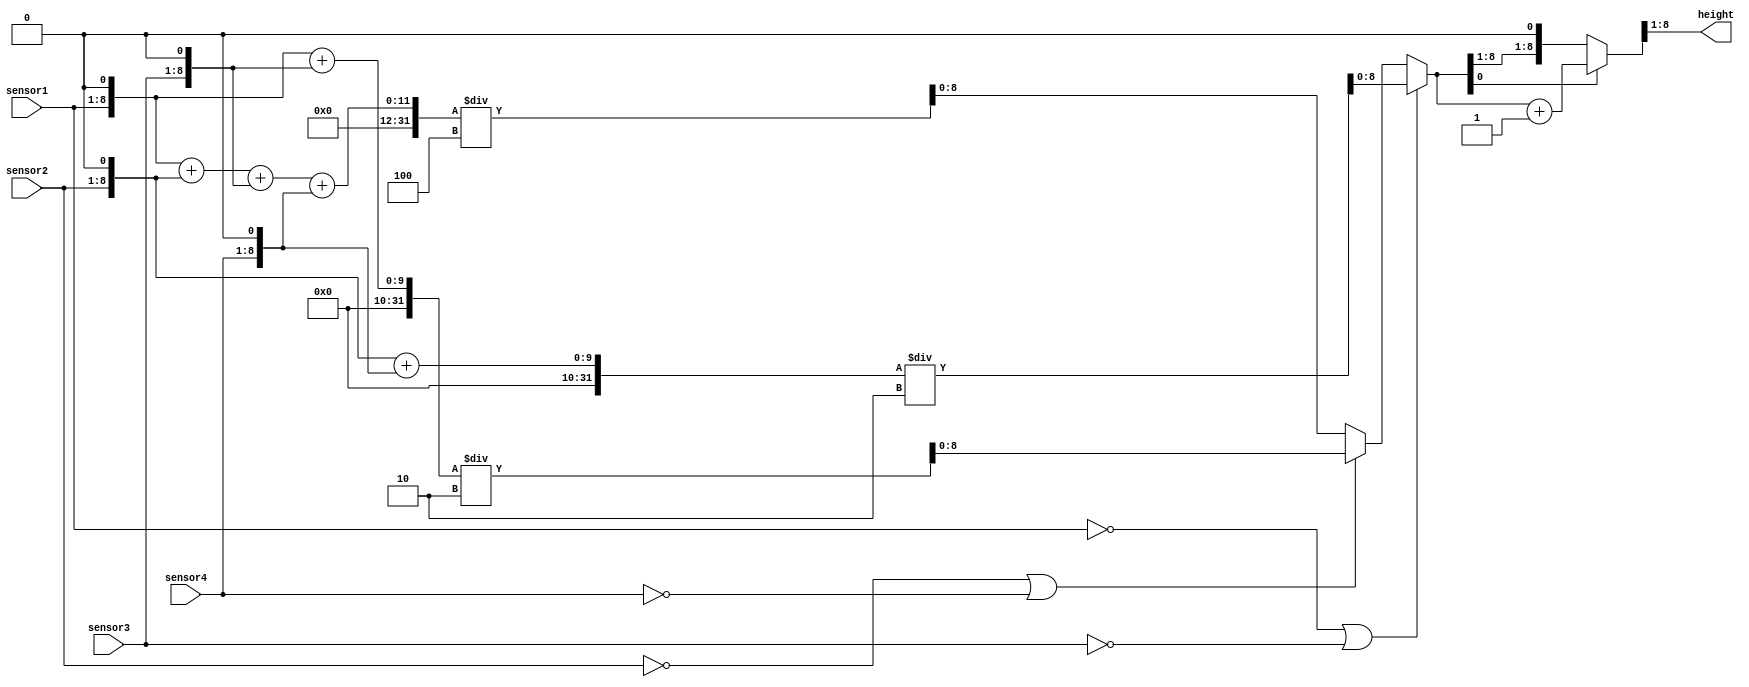
`timescale 1ns / 1ps
//////////////////////////////////////////////////////////////////////////////////
// Company: 
// Engineer: 
// 
// Design Name: 
// Module Name:    sensors_input 
// Project Name: 
// Target Devices: 
// Tool versions: 
// Description: 
//
// Dependencies: 
//
// Revision: 
// Revision 0.01 - File Created
// Additional Comments: 
//
//////////////////////////////////////////////////////////////////////////////////
module sensors_input (
   output reg [7 : 0]   height,
   input    [7 : 0]   sensor1,
   input    [7 : 0]   sensor2,
   input    [7 : 0]   sensor3,
   input    [7 : 0]   sensor4);
	
	reg[10:0] medie;
	reg[8:0] sensor1_shifted;
	reg[8:0] sensor2_shifted;
	reg[8:0] sensor3_shifted;
	reg[8:0] sensor4_shifted;
	
	always @(*) begin
	
		sensor1_shifted = sensor1;
		sensor2_shifted = sensor2;
		sensor3_shifted = sensor3;
		sensor4_shifted = sensor4;
		
		//shiftam valorile cu un bit la stanga pentru a face loc zecimalei
		sensor1_shifted = (sensor1_shifted << 1);
		sensor2_shifted = (sensor2_shifted << 1);
		sensor3_shifted = (sensor3_shifted << 1);
		sensor4_shifted = (sensor4_shifted << 1);
		
		//se calculeaza media cu conditia prezentata in cerinta daca un senzor este 0, anuleaza automat si celalalt senzor de aceasi paritate
		if(sensor1 == 0 || sensor3 == 0) begin
			medie = (sensor2_shifted + sensor4_shifted) / 2; 
		end else if(sensor2 == 0 || sensor4 == 0) begin 
			medie = (sensor1_shifted + sensor3_shifted) / 2;
		end else begin 
			medie = (sensor1_shifted + sensor2_shifted + sensor3_shifted + sensor4_shifted) / 4;	
		end
		
		//verificam rotunjirea daca bitul 0 este 1 inseamna ca numarul are macar .5 dupa virgula deci se incrementeaza
		if (medie[0] == 1) begin
			medie = medie + 1;
		end
		
		//se transfera in height valoarea mediei calculata mai sus
		height = medie[8:1];
	end
	
endmodule